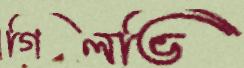
গিলভি